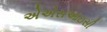
એએસઆઇસી